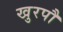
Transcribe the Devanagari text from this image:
खुरपौ